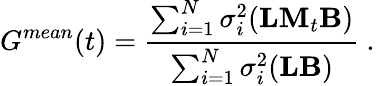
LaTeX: G^{mean}(t)=\frac{\sum_{i=1}^{N}\sigma_{i}^{2}({\mathbf L}{\mathbf M}_{t}{\mathbf B})}{\sum_{i=1}^{N}\sigma_{i}^{2}({\mathbf L}{\mathbf B})}\mathrm{~.~}